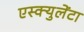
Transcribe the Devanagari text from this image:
एस्क्युलेंटा